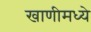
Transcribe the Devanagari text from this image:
खाणीमध्ये